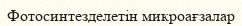
Фотосинтезделетін микроағзалар